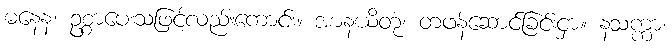
ဓနေန၊ ဥစ္စာပေးသဖြင့်လည်းကောင်း။ အာနယိတုံ၊ တဖန်ဆောင်ခြင်းငှာ။ နသက္ကာ၊